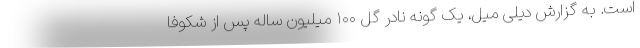
است. به گزارش دیلی میل، یک گونه نادر گل ۱۰۰ میلیون ساله پس از شکوفا